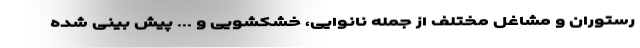
رستوران و مشاغل مختلف از جمله نانوایی، خشکشویی و ... پیش بینی شده